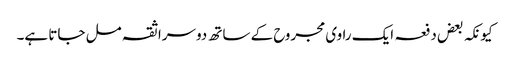
کیونکہ بعض دفعہ ایک راوی مجروح کے ساتھ دوسرا ثقہ مل جاتا ہے۔